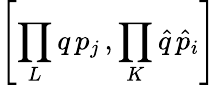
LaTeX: \left[\prod_{L}q\, p_{j}\, ,\prod_{K}\hat{q}\, \hat{p}_{i}\right]